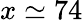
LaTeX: x\simeq 74